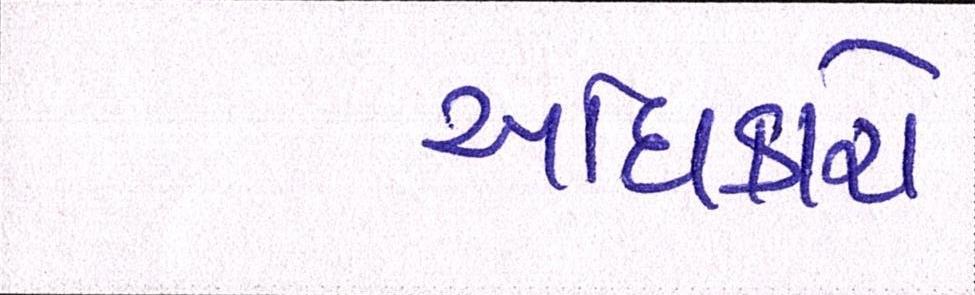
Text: અધિકારો